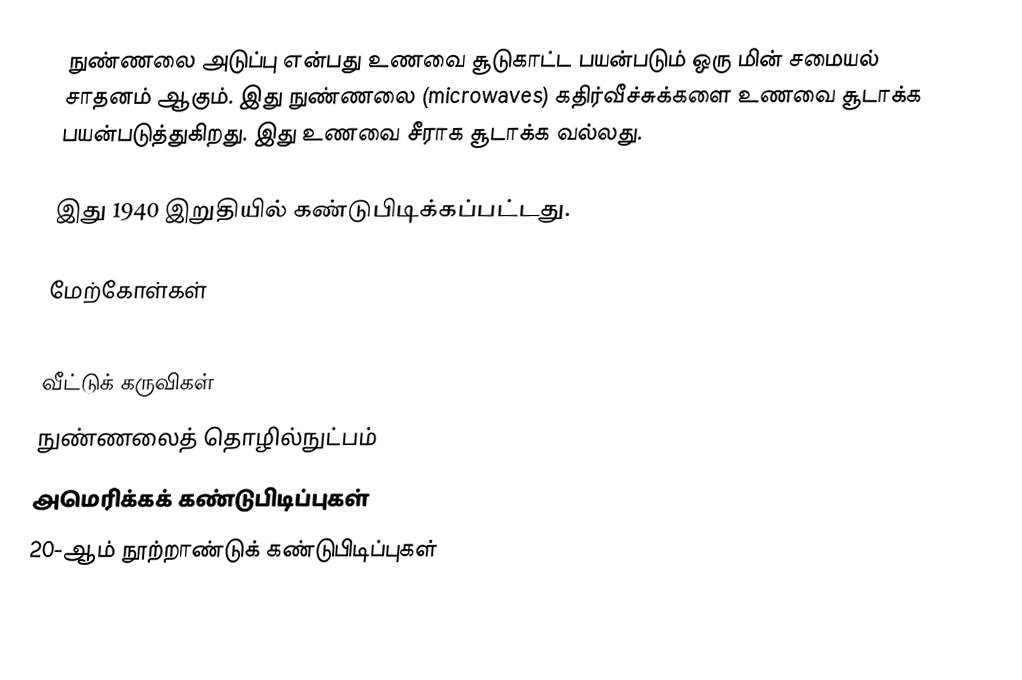
நுண்ணலை அடுப்பு என்பது உணவை சூடுகாட்ட பயன்படும் ஒரு மின் சமையல் சாதனம் ஆகும். இது நுண்ணலை (microwaves) கதிர்வீச்சுக்களை உணவை சூடாக்க பயன்படுத்துகிறது. இது உணவை சீராக சூடாக்க வல்லது.

இது 1940 இறுதியில் கண்டுபிடிக்கப்பட்டது.

மேற்கோள்கள்

வீட்டுக் கருவிகள்
நுண்ணலைத் தொழில்நுட்பம்
அமெரிக்கக் கண்டுபிடிப்புகள்
20-ஆம் நூற்றாண்டுக் கண்டுபிடிப்புகள்